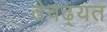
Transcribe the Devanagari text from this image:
तेवढ्यत